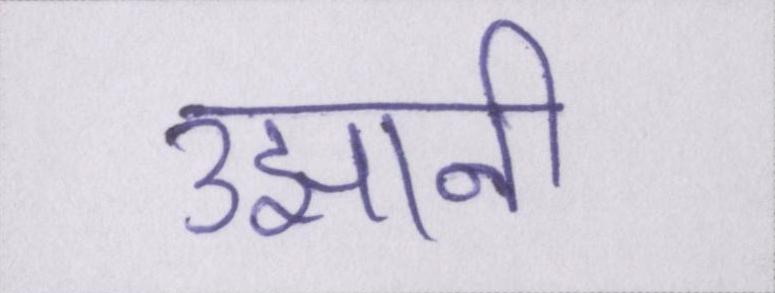
उझानी